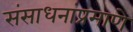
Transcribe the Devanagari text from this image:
संसाधनांप्रमाणे